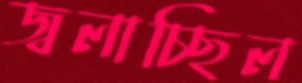
জ্বলাচ্ছিল